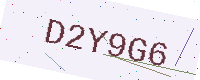
Text: D2Y9G6